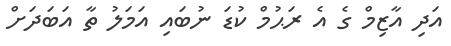
އަދި އާޒިމް ގެ އެ ރަޙުމް ކުޑަ ނުބައި އަމަލު ތާ އަބަދަށް